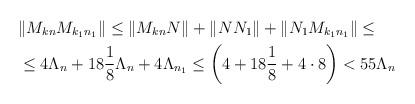
LaTeX: \begin{align*}&\|M_{kn} M_{k_1 n_1}\|\leq \|M_{kn} N\| +\|N N_1\| +\|N_1 M_{k_1 n_1}\|\leq \\& \leq 4\Lambda_{n} + 18\frac{1}{8}\Lambda_{n} +4\Lambda_{n_1}\leq \left(4+18\frac{1}{8} +4\cdot 8\right) < 55\Lambda_{n}\end{align*}